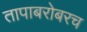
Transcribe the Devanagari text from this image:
तापाबरोबरच